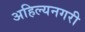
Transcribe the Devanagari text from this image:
अहिल्यनगरी